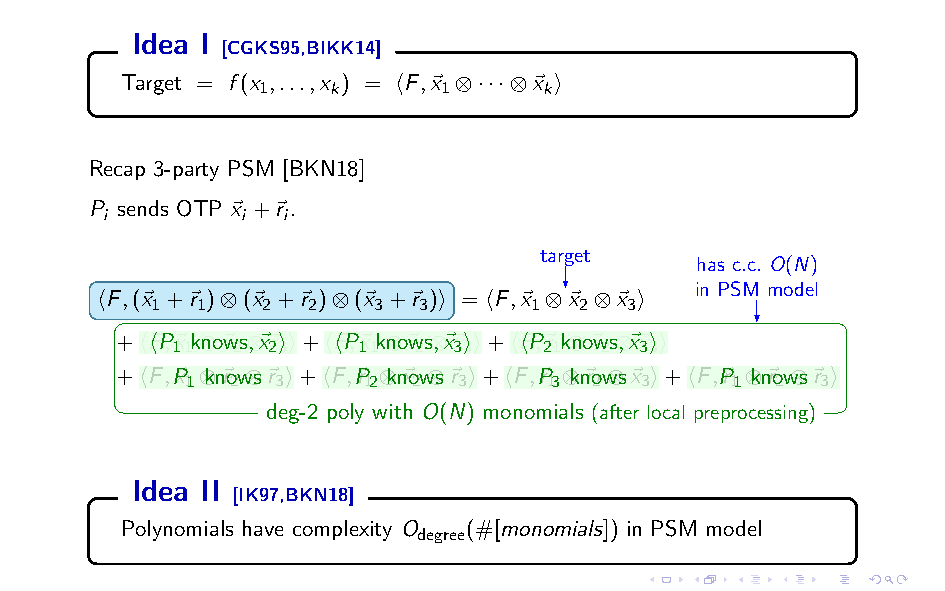
Idea I
 [CGKS95,BIKK14]
 Target = f(x ,...,x ) = hF,~x ⊗···⊗~x i
 1    k      1      k
 Recap 3-party PSM [BKN18]
 P sends OTP ~x +~r .
 i        i  i
 target
 has c.c. O(N)
 in PSM model
 hF,(~x +~r )⊗(~x +~r )⊗(~x +~r )i = hF,~x ⊗~x ⊗~x i
 1  1   2  2    3  3      1  2  3
 +hFhP,~xk⊗no~xws⊗,~x~rii+hFhP,~xk⊗no~rws⊗,~x~xii+hFhP,~r k⊗no~xws⊗,~x~xii
 11  2  23    11 2  33    21  2 33
 +hF,P~x ⊗kn~row⊗s~r i+hF,P~r ⊗kn~xow⊗s~r i+hF,P~r ⊗kn~row⊗s~x i+hF,P~r ⊗kn~row⊗s~r i
 11 2  3     12 2  3     13 2  3     11 2  3
 deg-2 poly with O(N) monomials (after local preprocessing)
 Idea II
 [IK97,BKN18]
 Polynomials have complexity O (#[monomials]) in PSM model
 degree